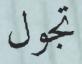
تجول